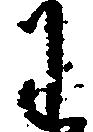
わ